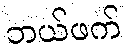
ဘယ်ဖက်